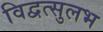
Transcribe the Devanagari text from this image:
विद्वत्सुलभ